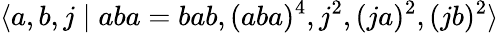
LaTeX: \langle a,b,j\mid aba=bab,(aba)^{4},j^{2},(ja)^{2},(jb)^{2}\rangle